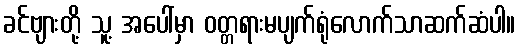
ခင်ဗျားတို့ သူ့ အပေါ်မှာ ဝတ္တရားမပျက်ရုံလောက်သာဆက်ဆံပါ။